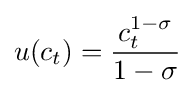
u(c_{t})={\frac {c_{t}^{1-\sigma }}{1-\sigma }}